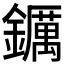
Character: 𨯅